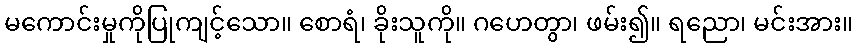
မကောင်းမှုကိုပြုကျင့်သော။ စောရံ၊ ခိုးသူကို။ ဂဟေတွာ၊ ဖမ်း၍။ ရညော၊ မင်းအား။